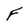
Character: F